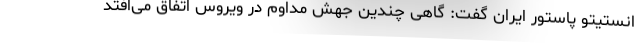
انستیتو پاستور ایران گفت: گاهی چندین جهش مداوم در ویروس اتفاق می‌افتد